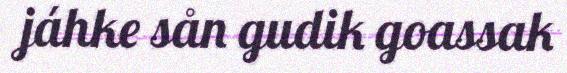
jáhke sån gudik goassak